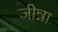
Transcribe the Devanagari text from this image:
जीन्ना